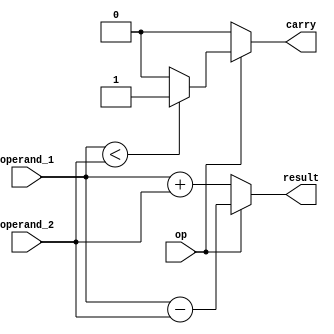
module float_add_sub (
    input wire [63:0] operand_1,
    input wire [63:0] operand_2,
    input wire op, // 0 for add, 1 for subtract
    output wire [63:0] result,
    output wire carry
);

always @* begin
    if (op == 0) begin // add
        result = operand_1 + operand_2;
        carry = 0;
    end else begin // subtract
        result = operand_1 - operand_2;
        carry = (operand_1 < operand_2) ? 1 : 0;
    end
end

endmodule